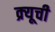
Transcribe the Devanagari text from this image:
क्र्यूची